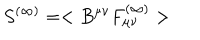
LaTeX: S ^ { ( \infty ) } = < B ^ { \mu \nu } F _ { \mu \nu } ^ { ( \infty ) } >